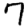
Digit: 7